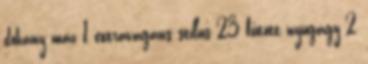
dohány máz 1 extravagáns stílus 23 fűtött nyugágy 2